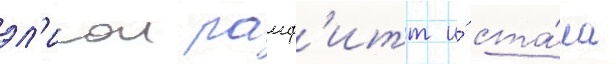
эл'исон рамф'итт и́ ста́ла